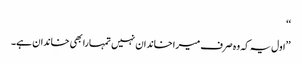
‘‘
’’اول یہ کہ وہ صرف میرا خاندان نہیں تمہارا بھی خاندان ہے۔